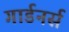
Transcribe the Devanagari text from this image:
गार्डनर्स